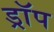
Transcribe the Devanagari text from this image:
ड्राॅप